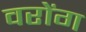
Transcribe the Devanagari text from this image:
वरोंग